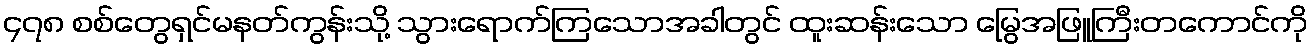
၄၇၈ စစ်တွေရှင်မနတ်ကွန်းသို့ သွားရောက်ကြသောအခါတွင် ထူးဆန်းသော မြွေအဖြူကြီးတကောင်ကို